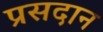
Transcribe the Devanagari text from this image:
प्रसदान